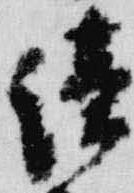
続